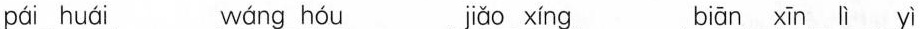
pái huái wáng hóu jiǎo xíng biān xīn lì yì